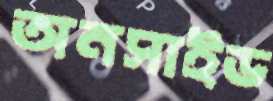
অনসাইড